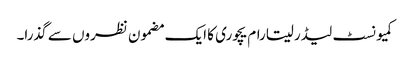
کمیونسٹ لیڈر سیتارام یچوری کا ایک مضمون نظروں سے گذرا۔